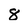
Character: 8